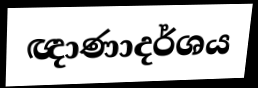
ඥාණාදර්ශය